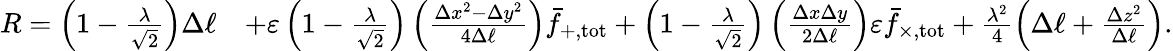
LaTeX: \begin{array}{rl}{R=\left(1-\frac{\lambda}{\sqrt{2}}\right)\Delta\ell}&{+\varepsilon\left(1-\frac{\lambda}{\sqrt{2}}\right)\left(\frac{\Delta x^{2}-\Delta y^{2}}{4\Delta\ell}\right)\bar{f}_{+,\mathrm{tot}}+\left(1-\frac{\lambda}{\sqrt{2}}\right)\left(\frac{\Delta x\Delta y}{2\Delta\ell}\right)\varepsilon\bar{f}_{\times,\mathrm{tot}}+\frac{\lambda^{2}}{4}\left(\Delta\ell+\frac{\Delta z^{2}}{\Delta\ell}\right).}\end{array}